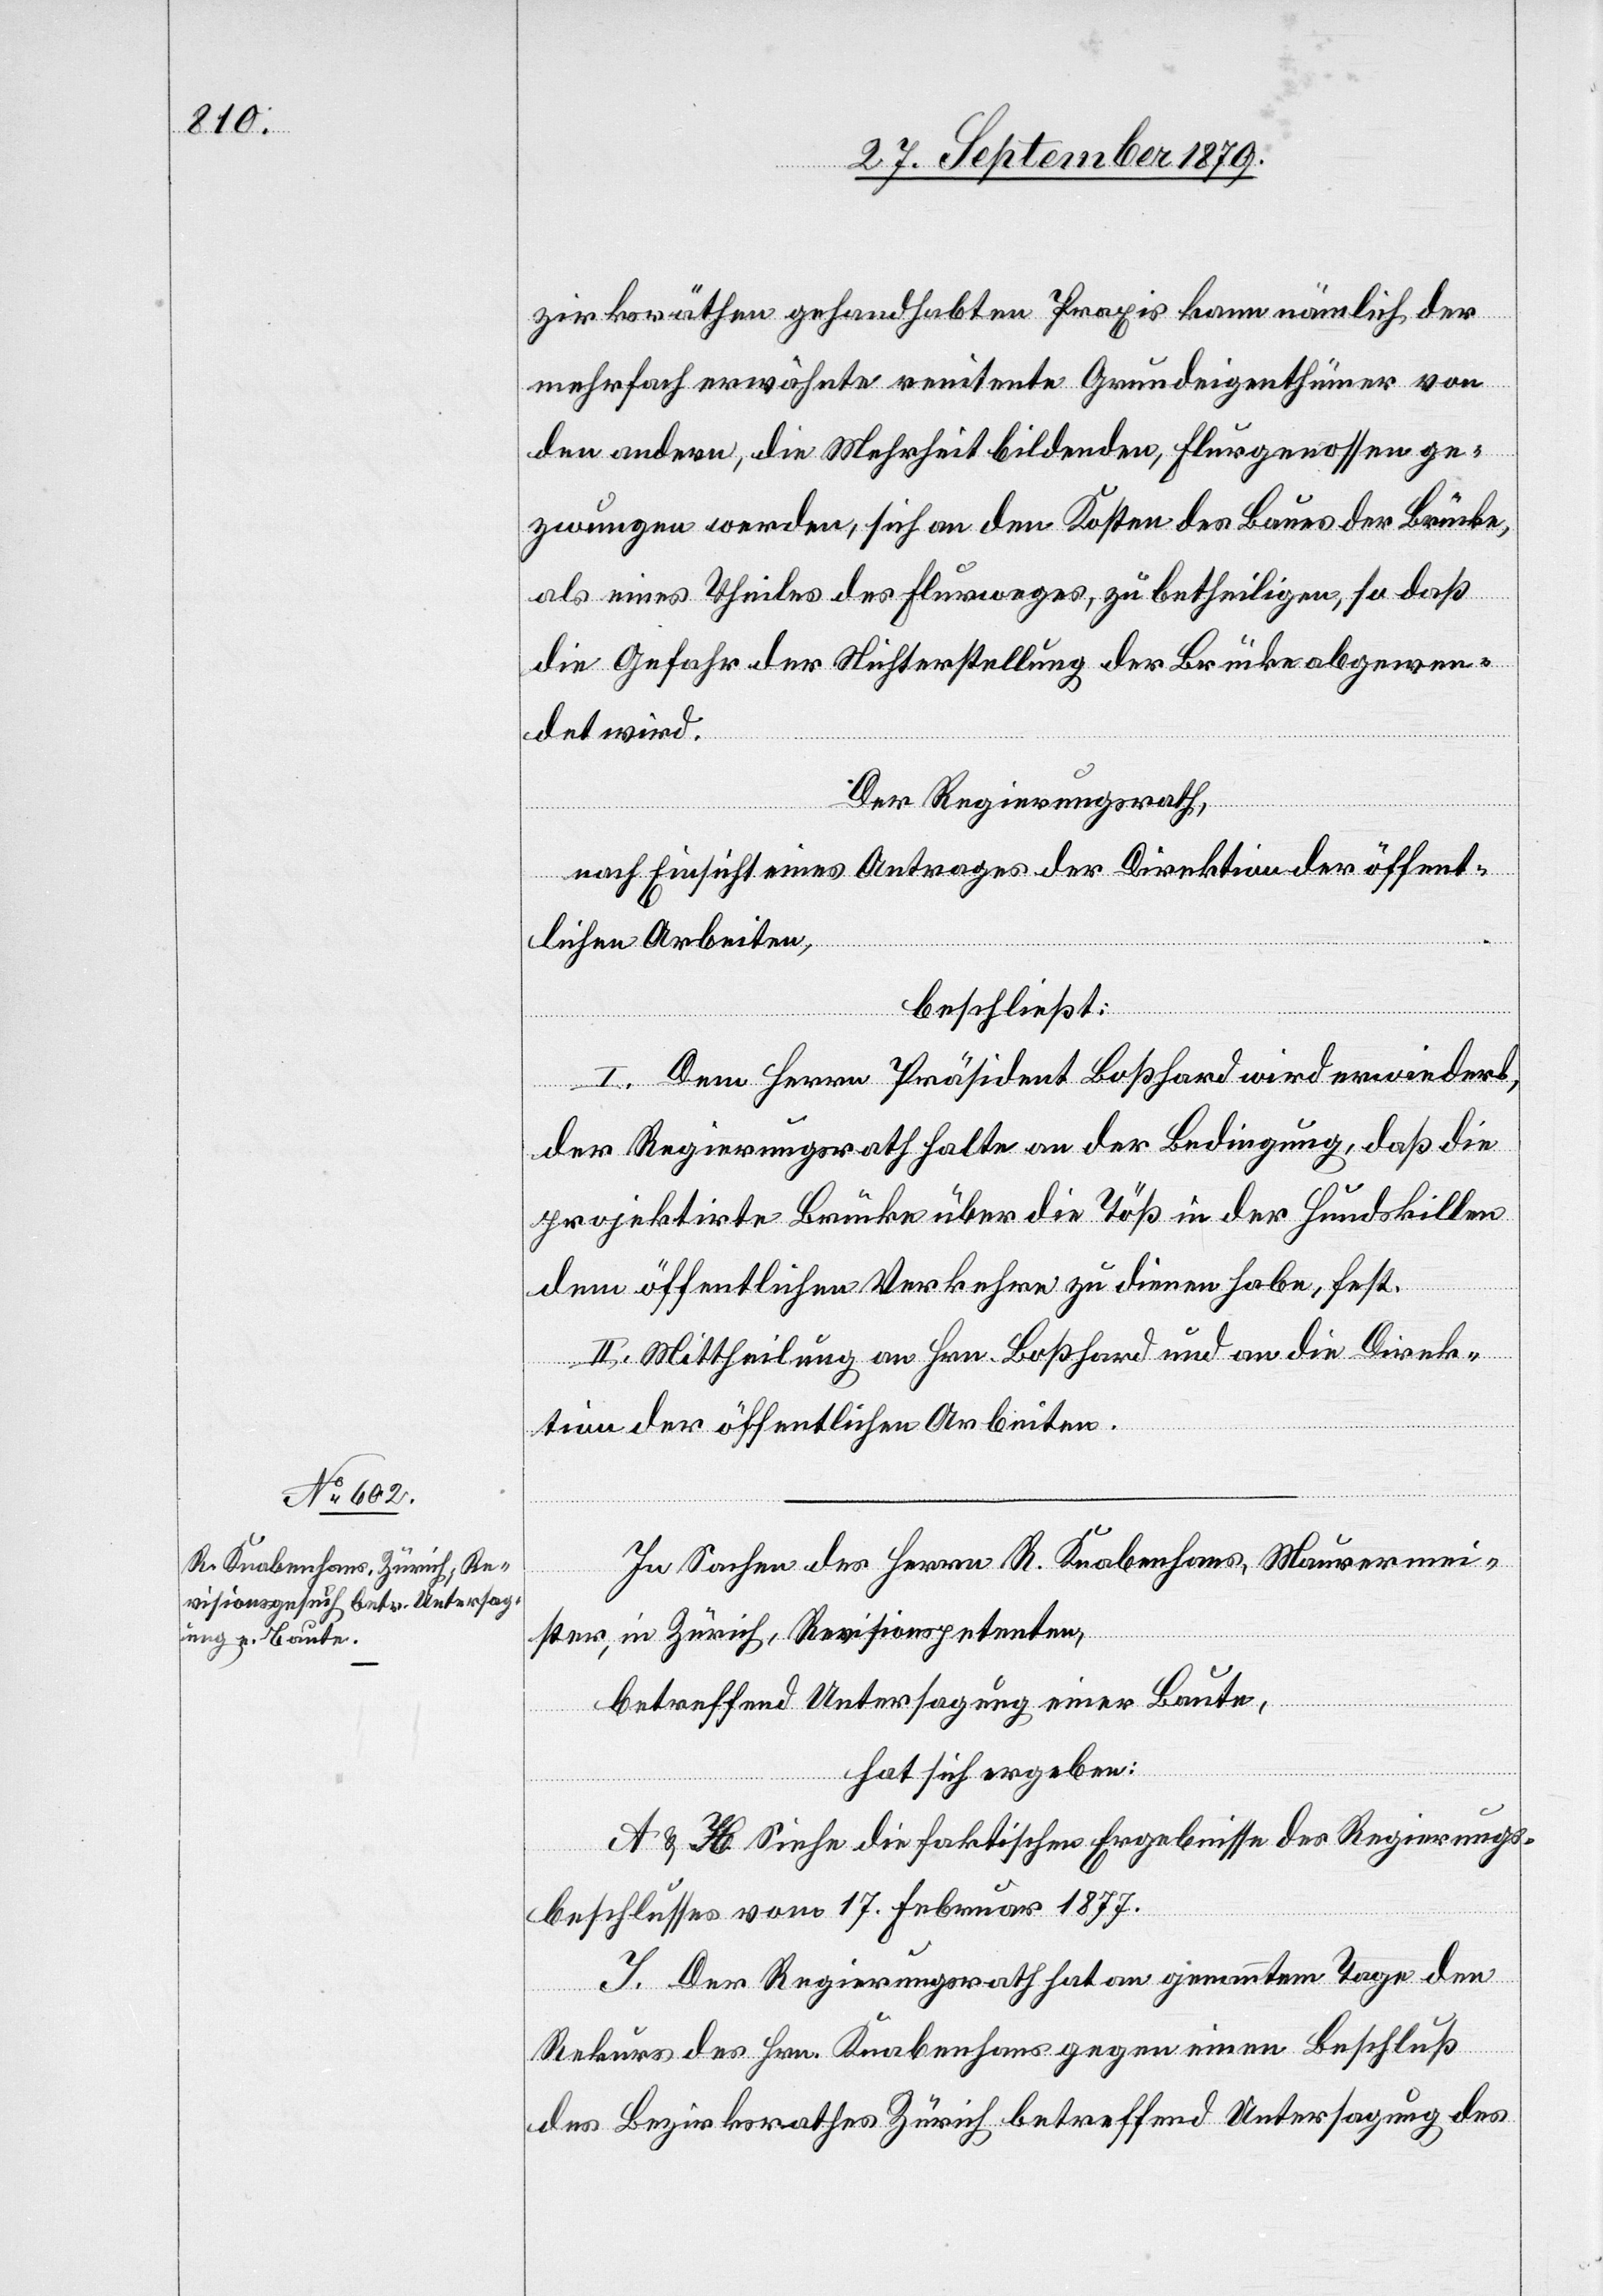
[rec¬
In Sachen des Herrn R. Knabenhans, Maurermei¬
ster, in Zürich, Revisionspetenten,
betreffend Untersagung einer Baute,
hat sich ergeben:
te: –] H Siehe die faktischen Ergebnisse des Regierungs¬
beschlusses vom 17. Februar 1877.
I. Der Regierungsrath hat am genannten Tage den
Rekurs des Hrn. Knabenhans gegen einen Beschluß
des Bezirksrathes Zürich betreffend Untersagung des